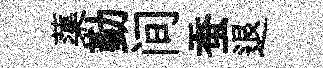
蕖勤间蚕退